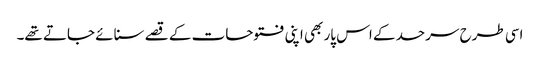
اسی طرح سرحد کے اس پار بھی اپنی فتوحات کے قصے سنائے جاتے تھے۔